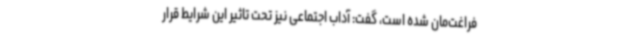
فراغت‌مان شده است، گفت: آداب اجتماعی نیز تحت تاثیر این شرایط قرار